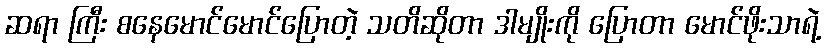
ဆရာ ကြီး စနေမောင်မောင်ပြောတဲ့ သတိဆိုတာ ဒါမျိုးကို ပြောတာ မောင်ဖိုးသာရဲ့